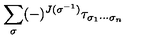
\sum _ { \sigma } ( - ) ^ { J ( \sigma ^ { - 1 } ) } \tau _ { \sigma _ { 1 } \cdots \sigma _ { n } }